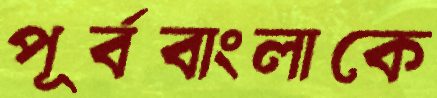
পূর্ববাংলাকে